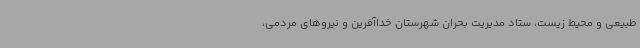
طبیعی و محیط زیست، ستاد مدیریت بحران شهرستان خداآفرین و نیروهای مردمی،